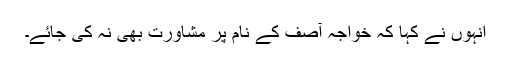
انہوں نے کہا کہ خواجہ آصف کے نام پر مشاورت بھی نہ کی جائے۔